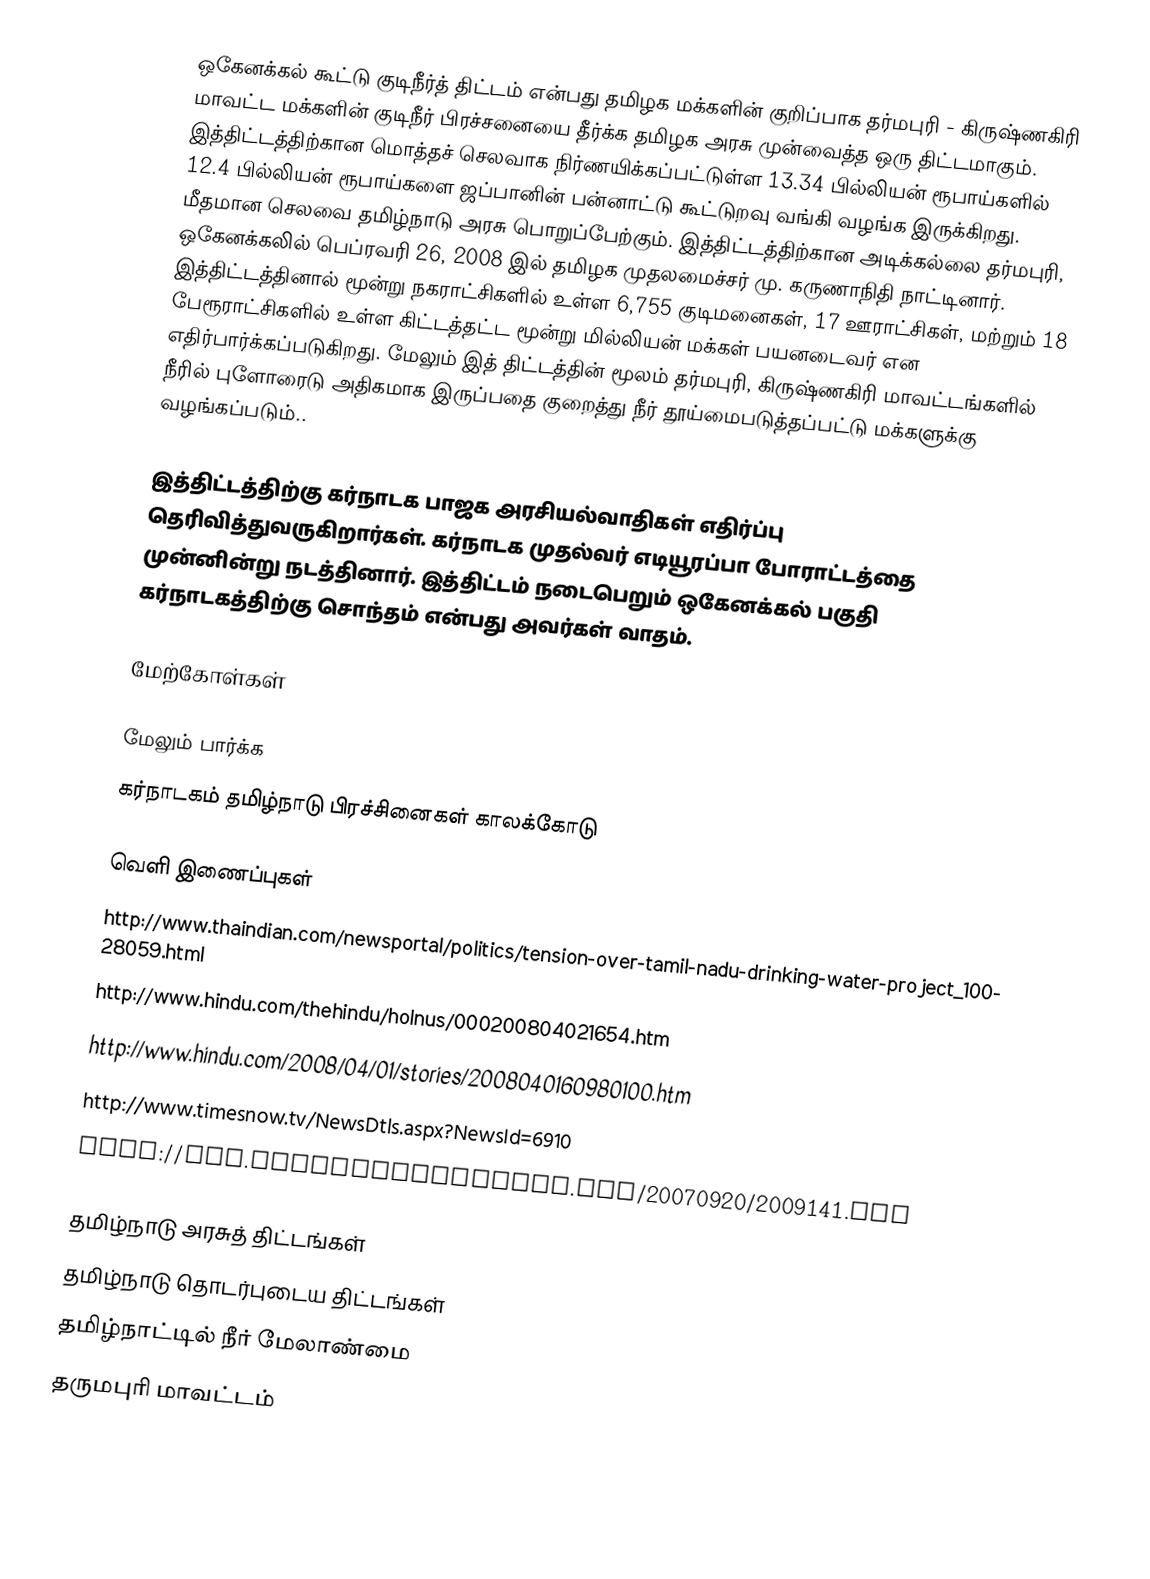
ஒகேனக்கல் கூட்டு குடிநீர்த் திட்டம் என்பது தமிழக மக்களின் குறிப்பாக தர்மபுரி - கிருஷ்ணகிரி மாவட்ட மக்களின் குடிநீர் பிரச்சனையை தீர்க்க தமிழக அரசு முன்வைத்த ஒரு திட்டமாகும். இத்திட்டத்திற்கான மொத்தச் செலவாக நிர்ணயிக்கப்பட்டுள்ள 13.34 பில்லியன் ரூபாய்களில் 12.4 பில்லியன் ரூபாய்களை ஜப்பானின் பன்னாட்டு கூட்டுறவு வங்கி வழங்க இருக்கிறது. மீதமான செலவை தமிழ்நாடு அரசு பொறுப்பேற்கும். இத்திட்டத்திற்கான அடிக்கல்லை தர்மபுரி, ஒகேனக்கலில் பெப்ரவரி 26, 2008 இல் தமிழக முதலமைச்சர் மு. கருணாநிதி நாட்டினார். இத்திட்டத்தினால் மூன்று நகராட்சிகளில் உள்ள 6,755 குடிமனைகள், 17 ஊராட்சிகள், மற்றும் 18 பேரூராட்சிகளில் உள்ள கிட்டத்தட்ட மூன்று மில்லியன் மக்கள் பயனடைவர் என எதிர்பார்க்கப்படுகிறது. மேலும் இத் திட்டத்தின் மூலம் தர்மபுரி, கிருஷ்ணகிரி மாவட்டங்களில் நீரில் புளோரைடு அதிகமாக இருப்பதை குறைத்து நீர் தூய்மைபடுத்தப்பட்டு மக்களுக்கு வழங்கப்படும்..

இத்திட்டத்திற்கு கர்நாடக பாஜக அரசியல்வாதிகள் எதிர்ப்பு தெரிவித்துவருகிறார்கள். கர்நாடக முதல்வர் எடியூரப்பா போராட்டத்தை முன்னின்று நடத்தினார். இத்திட்டம் நடைபெறும் ஒகேனக்கல் பகுதி கர்நாடகத்திற்கு சொந்தம் என்பது அவர்கள் வாதம்.

மேற்கோள்கள்

மேலும் பார்க்க
கர்நாடகம் தமிழ்நாடு பிரச்சினைகள் காலக்கோடு

வெளி இணைப்புகள்
 http://www.thaindian.com/newsportal/politics/tension-over-tamil-nadu-drinking-water-project_10028059.html
 http://www.hindu.com/thehindu/holnus/000200804021654.htm
 http://www.hindu.com/2008/04/01/stories/2008040160980100.htm
 http://www.timesnow.tv/NewsDtls.aspx?NewsId=6910
 http://www.centralchronicle.com/20070920/2009141.htm

தமிழ்நாடு அரசுத் திட்டங்கள்
தமிழ்நாடு தொடர்புடைய திட்டங்கள்
தமிழ்நாட்டில் நீர் மேலாண்மை
தருமபுரி மாவட்டம்